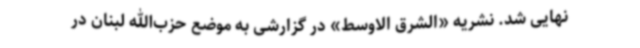
نهایی شد. نشریه «الشرق الاوسط» در گزارشی به موضع حزب‌الله لبنان در